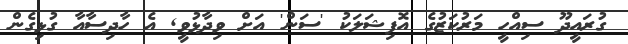
ގުރައީދޫ ސިއްހީ މަރުކަޒުގެ އޮފިޝަލަކު 'ސަން' އަށް ވިދާޅުވީ